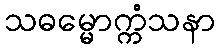
သဓမ္မောက္ကံသနာ